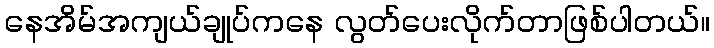
နေအိမ်အကျယ်ချုပ်ကနေ လွတ်ပေးလိုက်တာဖြစ်ပါတယ်။